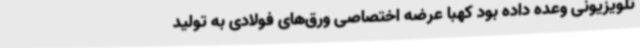
تلویزیونی وعده داده بود کهبا عرضه اختصاصی ورق‌های فولادی به تولید